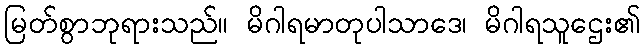
မြတ်စွာဘုရားသည်။ မိဂါရမာတုပါသာဒေ၊ မိဂါရသူဌေး၏